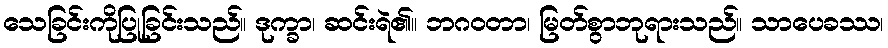
သေခြင်းကိုပြုခြင်းသည်။ ဒုက္ခာ၊ ဆင်းရဲ၏။ ဘဂဝတာ၊ မြတ်စွာဘုရားသည်။ သာပေခဿ၊